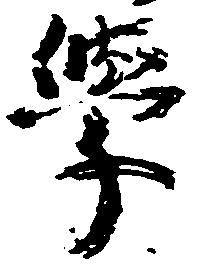
学